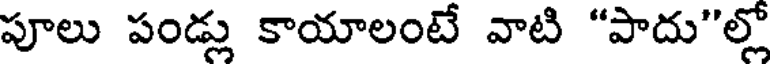
పూలు పండ్లు కాయాలంటే వాటి "పాదు"ల్లో